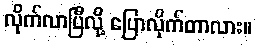
လိုက်လာပြီလို့ ပြောလိုက်တာလား။